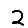
Digit: 2